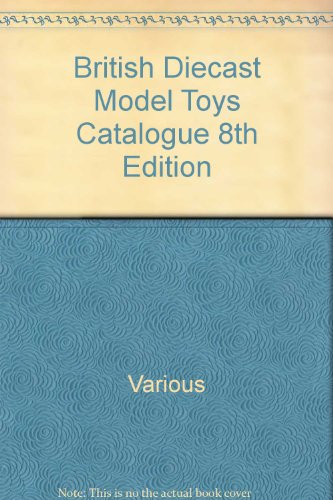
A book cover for British Diecast Model Toys Catalogue 8th Edition; Various; Crafts, Hobbies & Home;